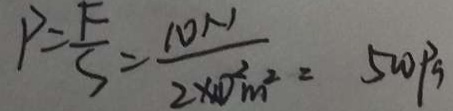
P = \frac { F } { S } = \frac { 1 0 N } { 2 \times 1 0 ^ { 2 } m ^ { 2 } } = 5 0 0 P a